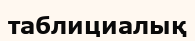
таблициалық